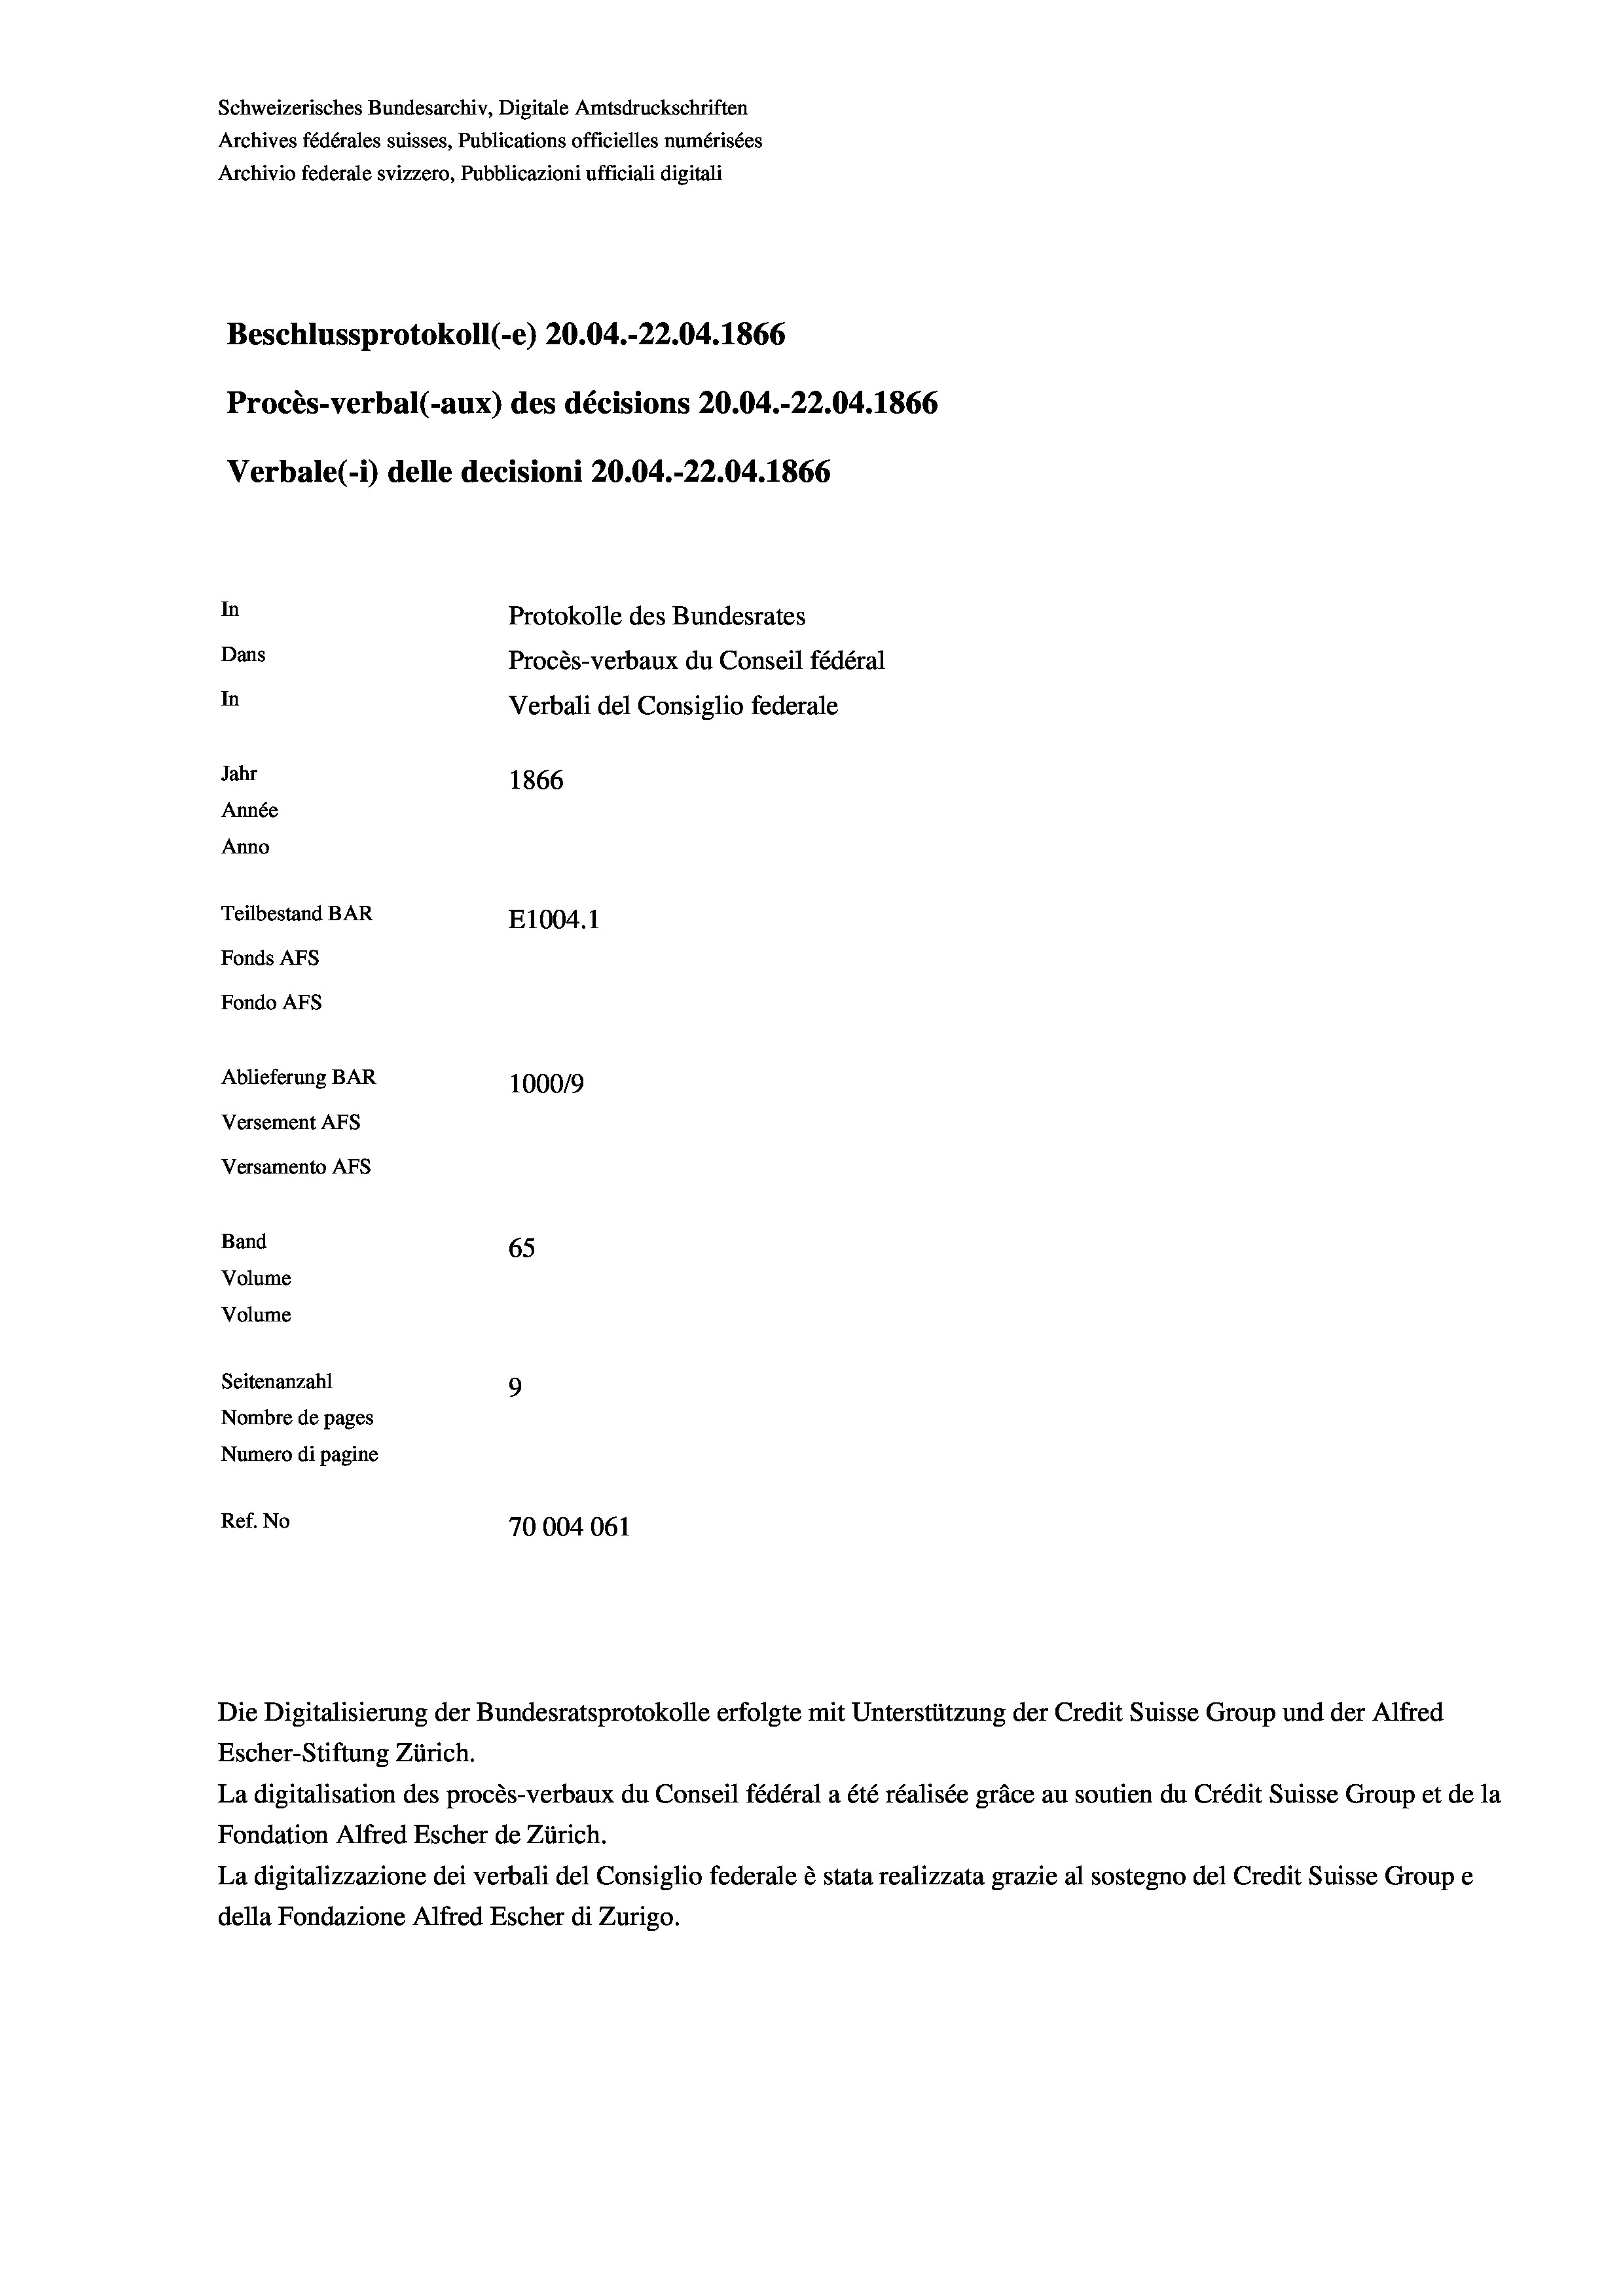
Schweizerisches Bundesarchiv, Digitale Amtsdruckschriften
Archives fédérales suisses, Publications officielles numérisées
Archivio federale svizzero, Pubblicazioni ufficiali digitali
Beschlussprotokoll (-e) 20.04.-22.04. 1866
Procès-verbal (-aux) des décisions 20.04.-22.04. 1866
Verbale (i) delle decisioni 20.04.-22.04. 1866
In
Protokolle des Bundesrates
Dans
Procès-verbaux du Conseil fédéral
In
Verbali del Consiglio federale
Jahr
1866
Année
Anno
Teilbestand BAR
E1004. 1
Fonds AFs
Fondo Afs
Ablieferung BAR
100019
Versement AFs
Versamento AFs

Band
Volume

Volume
Seitenanzahl

65
9
Nombre de pages
Numero di pagine
Ref. No
70004061

Escher-Stiftung Zürich.
La digitalisation des procès-verbaux du Conseil fédéral a été réalisée gräce au soutien du Crédit Suisse Group et de la
Fondation Alfred Escher de Zürich.
La digitalizzazione dei verbali del Consiglio federale è stata realizzata grazie al sostegno del Credit Suisse Groupe
della Fondazione Alfred Escher di Zurigo.

Die Digitalisierung der Bundesratsprotokolle erfolgte mit Unterstützung der Credit Suisse Group und der Alfred